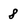
Character: 8